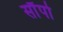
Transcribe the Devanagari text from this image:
सौंपो